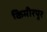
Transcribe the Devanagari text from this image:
किमीरपुर